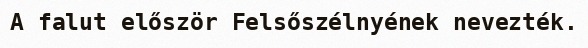
A falut először Felsőszélnyének nevezték.